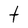
Character: t